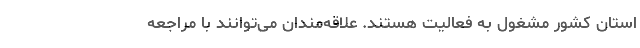
استان کشور مشغول به فعالیت هستند. علاقه‌مندان می‌توانند با مراجعه